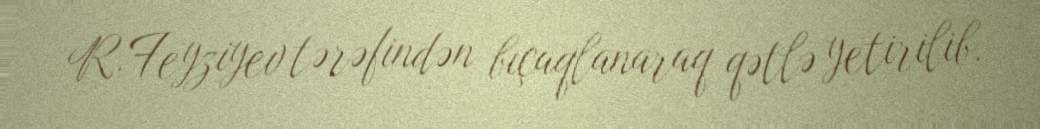
R.Feyziyev tərəfindən bıçaqlanaraq qətlə yetirilib.